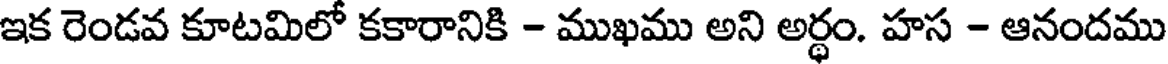
ఇక రెండవ కూటమిలో కకారానికి - ముఖము అని అర్ధం. హస - ఆనందము